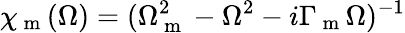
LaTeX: \chi_{\mathrm{~m~}}(\Omega)=(\Omega_{\mathrm{~m~}}^{2}-\Omega^{2}-i\Gamma_{\mathrm{~m~}}\Omega)^{-1}